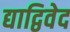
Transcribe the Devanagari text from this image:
द्याद्विवेद